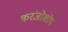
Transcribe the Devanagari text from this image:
करंजोखोप